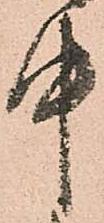
中